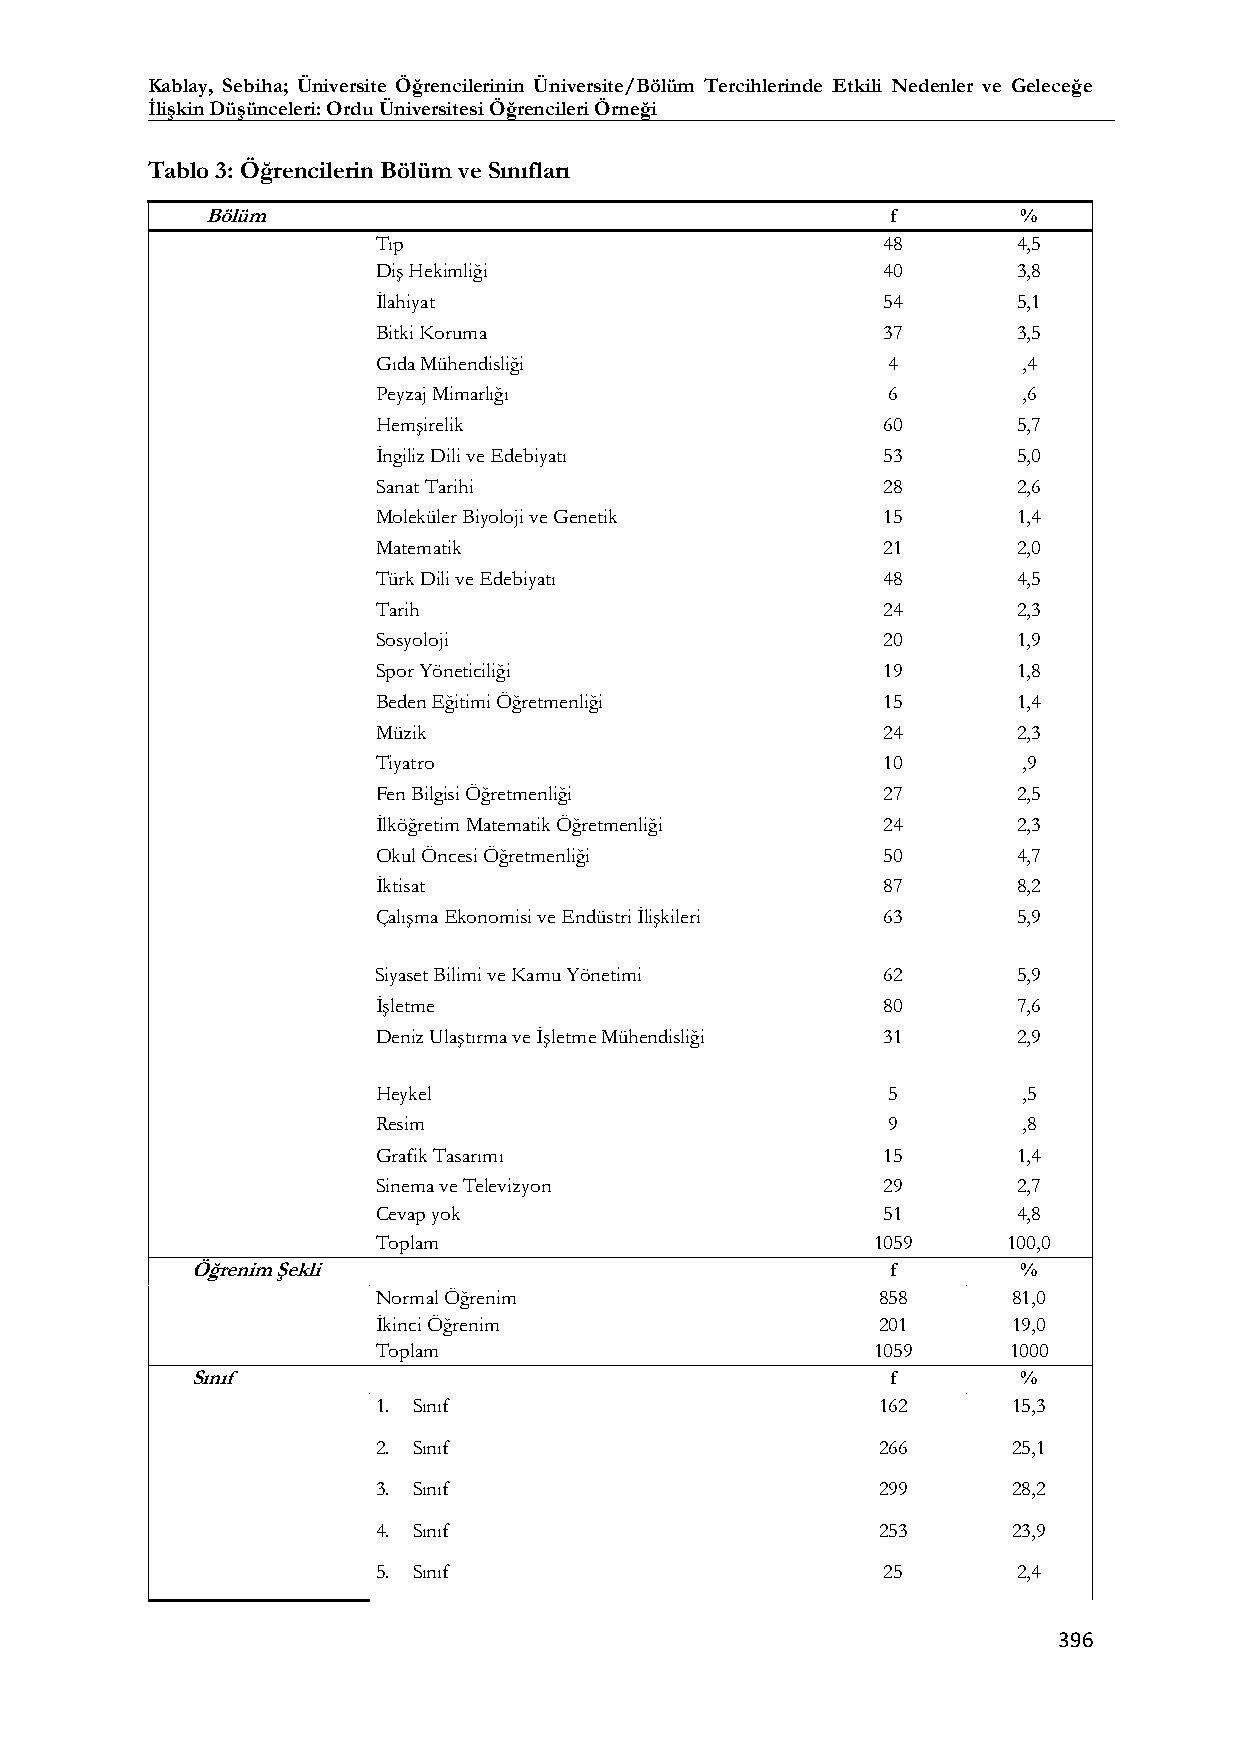
Kablay, Sebiha; Üniversite Öğrencilerinin Üniversite/Bölüm Tercihlerinde Etkili Nedenler ve Geleceğe
 İlişkin Düşünceleri: Ordu Üniversitesi Öğrencileri Örneği
 Tablo 3: Öğrencilerin Bölüm ve Sınıfları
 Bölüm                                        f        %
 Tıp                              48       4,5
 Diş Hekimliği                    40       3,8
 İlahiyat                         54       5,1
 Bitki Koruma                     37       3,5
 Gıda Mühendisliği                 4        ,4
 Peyzaj Mimarlığı                  6        ,6
 Hemşirelik                       60       5,7
 İngiliz Dili ve Edebiyatı        53       5,0
 Sanat Tarihi                     28       2,6
 Moleküler Biyoloji ve Genetik    15       1,4
 Matematik                        21       2,0
 Türk Dili ve Edebiyatı           48       4,5
 Tarih                            24       2,3
 Sosyoloji                        20       1,9
 Spor Yöneticiliği                19       1,8
 Beden Eğitimi Öğretmenliği       15       1,4
 Müzik                            24       2,3
 Tiyatro                          10        ,9
 Fen Bilgisi Öğretmenliği         27       2,5
 İlköğretim Matematik Öğretmenliği 24      2,3
 Okul Öncesi Öğretmenliği         50       4,7
 İktisat                          87       8,2
 Çalışma Ekonomisi ve Endüstri İlişkileri 63 5,9
 Siyaset Bilimi ve Kamu Yönetimi  62       5,9
 İşletme                          80       7,6
 Deniz Ulaştırma ve İşletme Mühendisliği 31 2,9
 Heykel                            5        ,5
 Resim                             9        ,8
 Grafik Tasarımı                  15       1,4
 Sinema ve Televizyon             29       2,7
 Cevap yok                        51       4,8
 Toplam                           1059     100,0
 Öğrenim Şekli                                 f        %
 Normal Öğrenim                   858      81,0
 İkinci Öğrenim                   201      19,0
 Toplam                           1059     1000
 Sınıf                                         f        %
 1. Sınıf                         162      15,3
 2. Sınıf                         266      25,1
 3. Sınıf                         299      28,2
 4. Sınıf                         253      23,9
 5. Sınıf                         25       2,4
 396